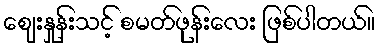
ဈေးနှုန်းသင့် စမတ်ဖုန်းလေး ဖြစ်ပါတယ်။